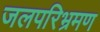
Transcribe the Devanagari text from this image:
जलपरिभ्रमण